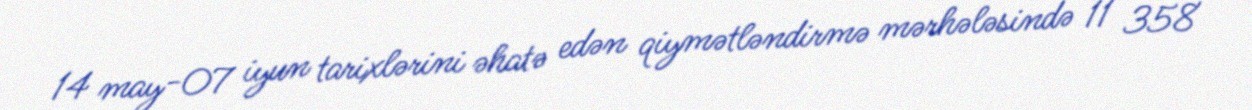
14 may-07 iyun tarixlərini əhatə edən qiymətləndirmə mərhələsində 11 358